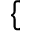
\begin{array} { r } { \left\{ \begin{array} { r l } \end{array} \right. } \end{array}